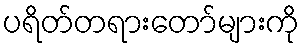
ပရိတ်တရားတော်များကို